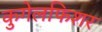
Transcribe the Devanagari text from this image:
कुगेलफिशर